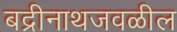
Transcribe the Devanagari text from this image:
बद्रीनाथजवळील